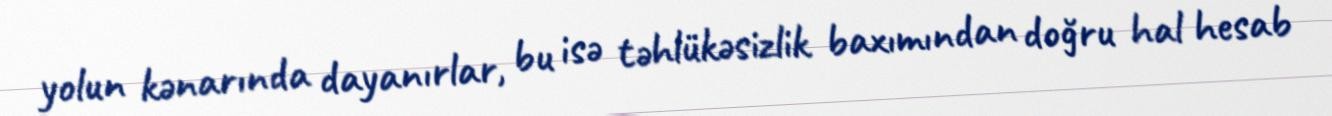
yolun kənarında dayanırlar, bu isə təhlükəsizlik baxımından doğru hal hesab